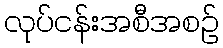
လုပ်ငန်းအစီအစဉ်